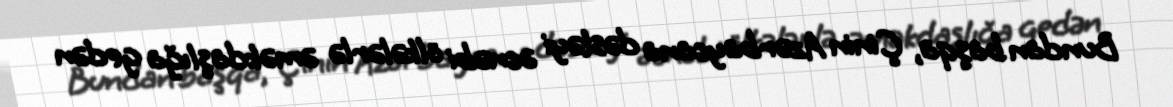
Bundan başqa, Çinin Azərbaycana dəstəyi əcnəbi ölkələrlə əməkdaşlığa gedən